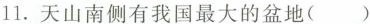
11.天山南侧有我国最大的盆地()